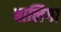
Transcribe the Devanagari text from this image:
बालिगा